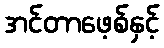
အင်တာဖေ့စ်နှင့်